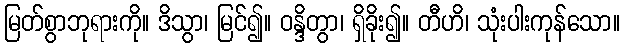
မြတ်စွာဘုရားကို။ ဒိသွာ၊ မြင်၍။ ဝန္ဒိတွာ၊ ရှိခိုး၍။ တီဟိ၊ သုံးပါးကုန်သော။